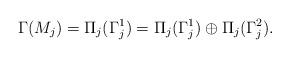
LaTeX: \begin{align*} \Gamma(M_{j})=\Pi_{j}(\Gamma^{1}_{j})=\Pi_{j}(\Gamma^{1}_{j})\oplus \Pi_{j}(\Gamma^{2}_{j}).\end{align*}